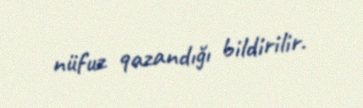
nüfuz qazandığı bildirilir.